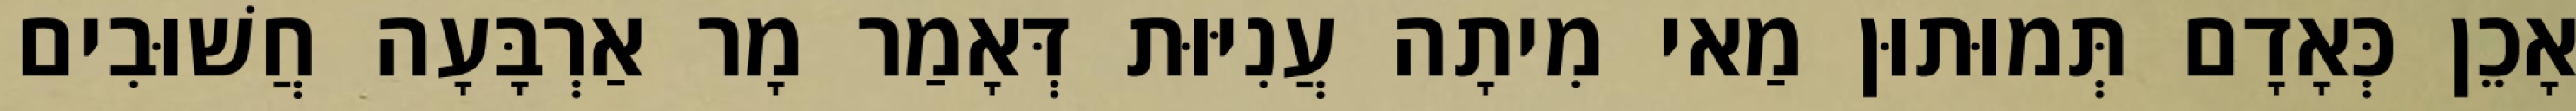
אָכֵן כְּאָדָם תְּמוּתוּן מַאי מִיתָה עֲנִיּוּת דְּאָמַר מָר אַרְבָּעָה חֲשׁוּבִים